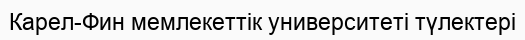
Карел-Фин мемлекеттік университеті түлектері